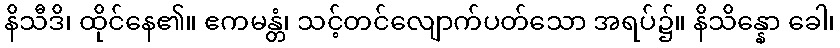
နိသီဒိ၊ ထိုင်နေ၏။ ဧကမန္တံ၊ သင့်တင်လျောက်ပတ်သော အရပ်၌။ နိသိန္နော ခေါ၊